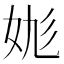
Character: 𡛪